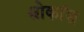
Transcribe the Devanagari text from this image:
श्लोकांश